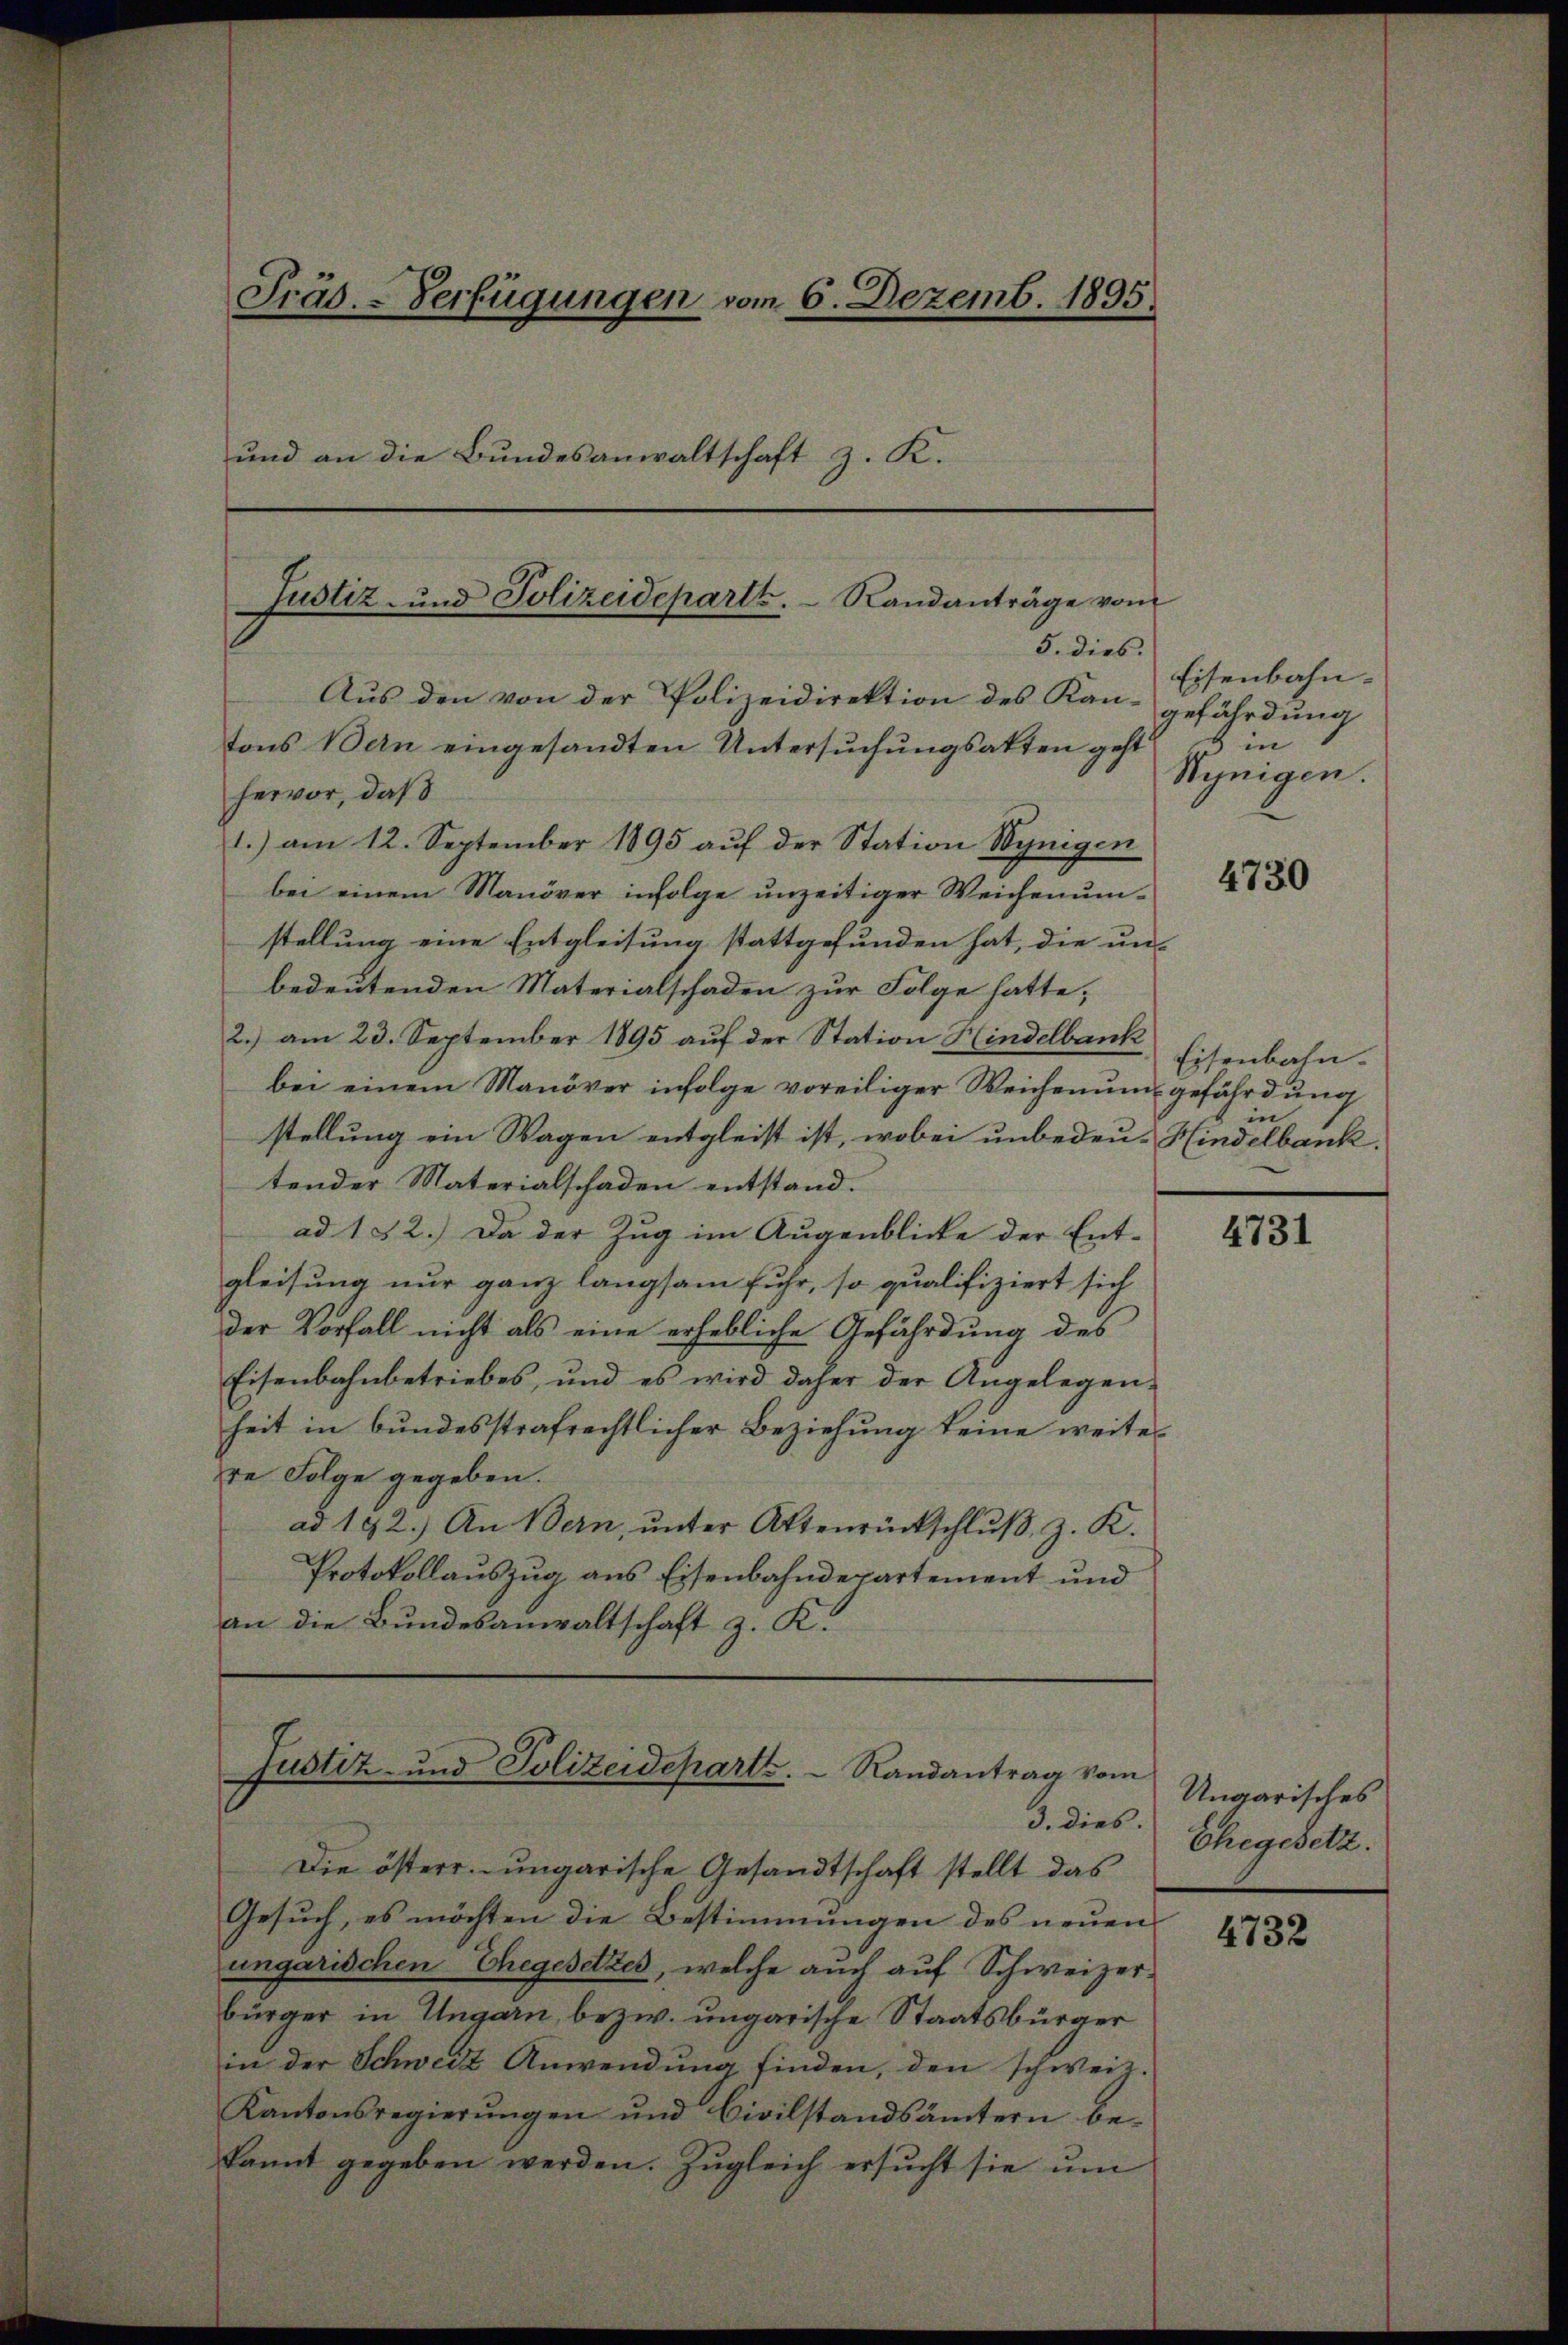
Präs. - Verfügungen vom 6. Dezemb. 1895.
und an die Bundesanwaltschaft z. K.

hervor, daß
1.) am 12. September 1895 aŭf der Station Wynigen
bei einem Manöver infolge unzeitiger Weichenumstellung eine Entgleisung stattgefunden hat, die un-
bedeutenden Materialschaden zur Folge hatte;
2.) am 23. September 1895 auf der Station Hindelbank
bei einem Manöver infolge voreiliger Weichenum gefährdung
stellung ein Wagen entgleist ist, wobei unbedeu-Hindelbank.
tender Materialschaden entstand.
ad 132.) Da der Zug im Augenblicke der Ent-
gleisung nur ganz langsam fuhr, so qualifiziert sich
der Vorfall nicht als eine erhebliche Gefährdung des
Eisenbahnbetriebes, und es wird daher der Angelegen-
heit in bundesstrafrechtlicher Beziehung keine weiter
re Folge gegeben.
ad 192.) An Bern, ŭnter Attenrückschlŭβ z. K.
Protokollauszug aus Eisenbahndepartement und
an die Bundesanwaltschaft z. K.

Justiz- und Polizeideparte. Randanträge vom
5. dies.

Aus den von der Polizeidirektion des Kan-
tons Bern eingesandten Untersuchungsakten geht

Justiz- und Polizeideparte.   Randantrag vom
3. dies.

Die österr.-ungarische Gesandtschaft stellt das
Gesuch, es möchten die Bestimmungen des neuen
ungarischen Ehegesetzes, welche auch auf Schweizerbürger in Ungarn, bezw. ungarische Staatsbürger
in der Schweiz Anwendung finden, den schweiz.
Kantonsregierŭngen und Civilstandsämtern be-
kannt gegeben werden. Zŭgleich ersŭcht sie ŭm

Eisenbahn-
gefährdung
 in
Hynigen.

4730

Eisenbahn.
in

4731

Ungarisches
Ehegesetz.

4732